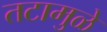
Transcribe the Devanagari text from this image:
तटामुळे